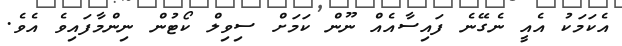
އެކަމަކު އެއީ ނެގޭނެ ފައިސާއެއް ނޫން ކަމަށް ސިވިލް ކޯޓުން ނިންމާފައިވެ އެވެ.